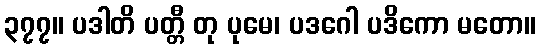
၃၇၇။ ပဒါတိ ပတ္တီ တု ပုမေ၊ ပဒဂေါ ပဒိကော မတော။